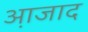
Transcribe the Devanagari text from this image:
आ़जाद